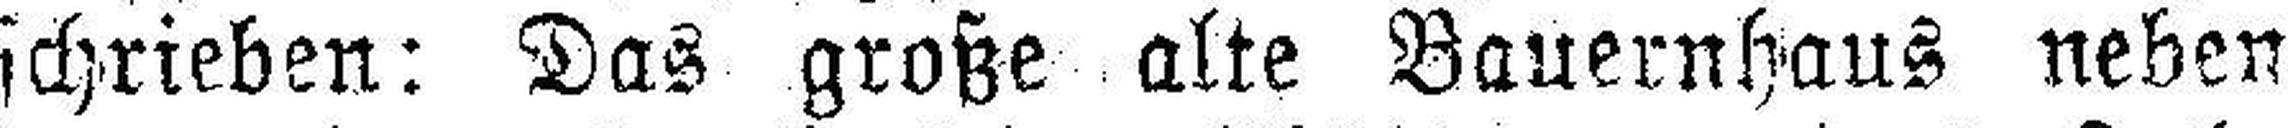
schrieben: Das große alte Bauernhaus neben